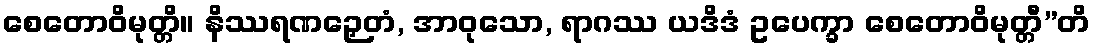
စေတောဝိမုတ္တိ။ နိဿရဏဉှေတံ, အာဝုသော, ရာဂဿ ယဒိဒံ ဥပေက္ခာ စေတောဝိမုတ္တီ”တိ